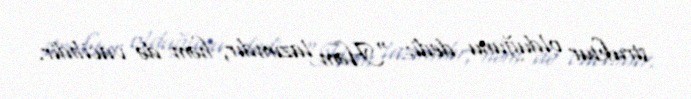
struktur olduğunu dedi: “Həm lazımdır, həm də vacibdir.